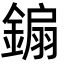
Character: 䥇